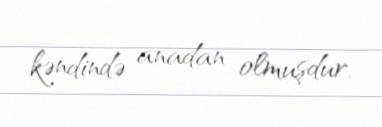
kəndində anadan olmuşdur.